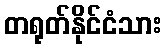
တရုတ်နိုင်ငံသား